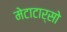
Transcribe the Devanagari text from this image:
मेटाटार्सो